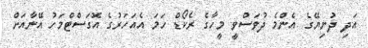
އަދި ދުނިޔޭގެ އެންމެ ދުވަސްވީ މީހާގެ ރެކޯޑް ހަމަ އެއަހަރުގެ އޮގަސްޓްމަހު އޭނާއަށް